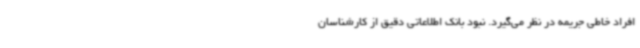
افراد خاطی جریمه در نظر می‌گیرد. نبود بانک اطلاعاتی دقیق از کارشناسان